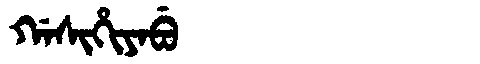
Manchu: ᡤᠠᠰᡳᡥᡳᠶᠠᠪᡠ
Romanization: GASIHIYABU